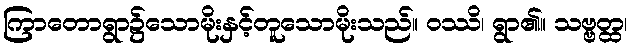
ကြာတောရွာ၌သောမိုးနှင့်တူသောမိုးသည်။ ဝဿိ၊ ရွာ၏။ သဗ္ဗတ္ထ၊